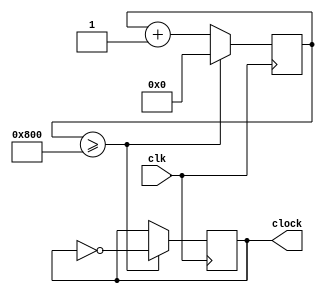
module clock_divider(clock,clk);
	input clk;
	output clock;
	
	reg clock;
	reg[31:0] count;
	
	initial
	begin
		count <= 32'b0;
	end
	
	always @(posedge clk)
	begin
		count <= count + 1;
		if (count >= 32'b100000000000) begin
			count <= 0;
			clock <= ~clock;
		end
	end
endmodule